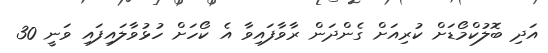
އަދި ބޮލުކްމޯޑަށް ކުރިއަށް ގެންދަން ރާވާފައިވާ އެ ކޯހަށް ހުޅުވާލައިފައި ވަނީ 30